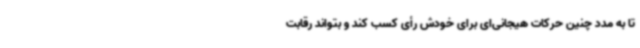
تا به مدد چنین حرکات هیجانی‌ای برای خودش رأی کسب کند و بتواند رقابت